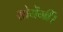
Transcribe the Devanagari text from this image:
सोयेंगीं।